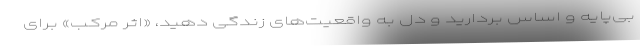
بی‌پایه و اساس بردارید و دل به واقعیت‌های زندگی دهید، «اثر مرکب» برای